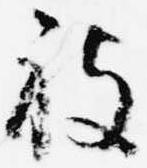
被